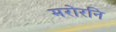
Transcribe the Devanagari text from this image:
मरोरनि